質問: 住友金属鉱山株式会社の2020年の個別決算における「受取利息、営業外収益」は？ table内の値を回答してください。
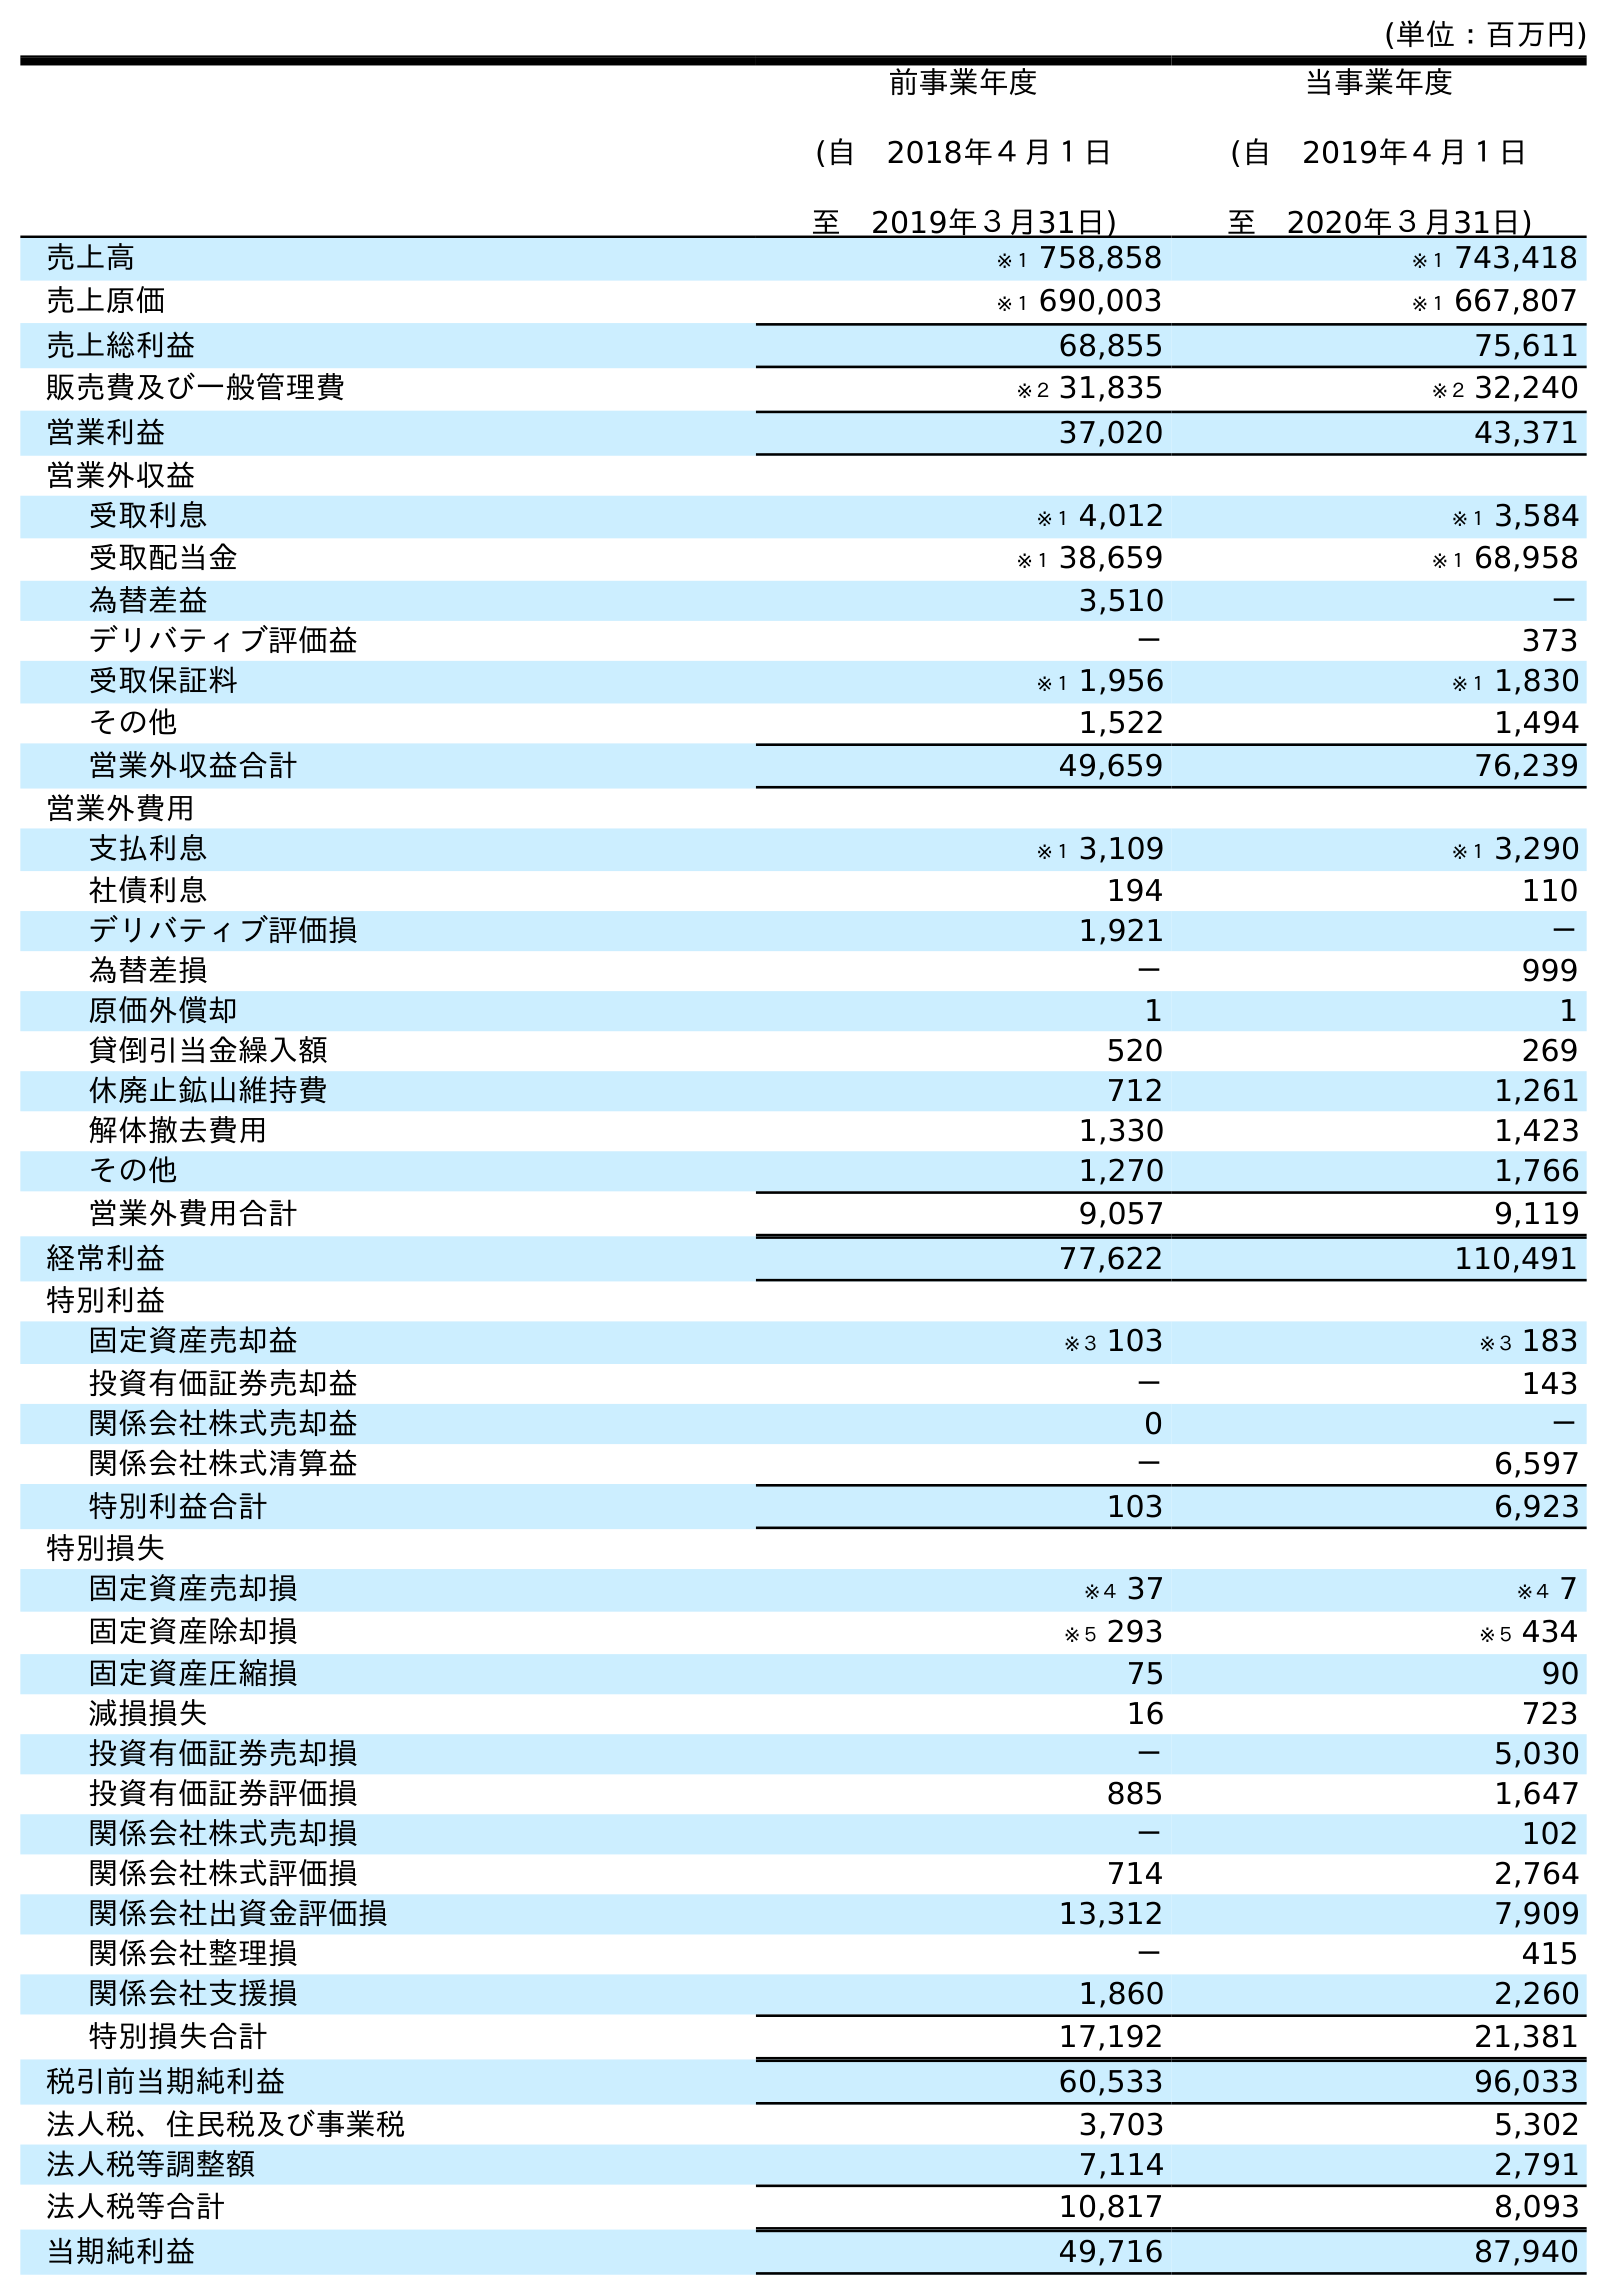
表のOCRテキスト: (単位：百万円) 前事業年度 (自 2018年４月１日 至 2019年３月31日) 当事業年度 (自 2019年４月１日 至 2020年３月31日) 売上高 ※１ 758,858 ※１ 743,418 売上原価 ※１ 690,003 ※１ 667,807 売上総利益 68,855 75,611 販売費及び一般管理費 ※２ 31,835 ※２ 32,240 営業利益 37,020 43,371 営業外収益 受取利息 ※１ 4,012 ※１ 3,584 受取配当金 ※１ 38,659 ※１ 68,958 為替差益 3,510 － デリバティブ評価益 － 373 受取保証料 ※１ 1,956 ※１ 1,830 その他 1,522 1,494 営業外収益合計 49,659 76,239 営業外費用 支払利息 ※１ 3,109 ※１ 3,290 社債利息 194 110 デリバティブ評価損 1,921 － 為替差損 － 999 原価外償却 1 1 貸倒引当金繰入額 520 269 休廃止鉱山維持費 712 1,261 解体撤去費用 1,330 1,423 その他 1,270 1,766 営業外費用合計 9,057 9,119 経常利益 77,622 110,491 特別利益 固定資産売却益 ※３ 103 ※３ 183 投資有価証券売却益 － 143 関係会社株式売却益 0 － 関係会社株式清算益 － 6,597 特別利益合計 103 6,923 特別損失 固定資産売却損 ※４ 37 ※４ 7 固定資産除却損 ※５ 293 ※５ 434 固定資産圧縮損 75 90 減損損失 16 723 投資有価証券売却損 － 5,030 投資有価証券評価損 885 1,647 関係会社株式売却損 － 102 関係会社株式評価損 714 2,764 関係会社出資金評価損 13,312 7,909 関係会社整理損 － 415 関係会社支援損 1,860 2,260 特別損失合計 17,192 21,381 税引前当期純利益 60,533 96,033 法人税、住民税及び事業税 3,703 5,302 法人税等調整額 7,114 2,791 法人税等合計 10,817 8,093 当期純利益 49,716 87,940
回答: ※１3,584